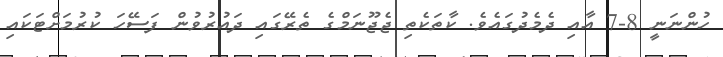
ހުންނަނީ 8-7 އާއި ދެމެދުގައެވެ. ކާތަކެތި ޖެޖޫނަމްގެ ތެރޭގައި ދައުރުވުން ފަސޭހަ ކުރުމަށްޓަކައި